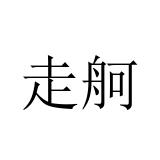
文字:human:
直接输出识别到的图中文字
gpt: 走舸